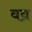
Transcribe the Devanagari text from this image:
वव्र